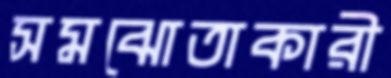
সমঝোতাকারী